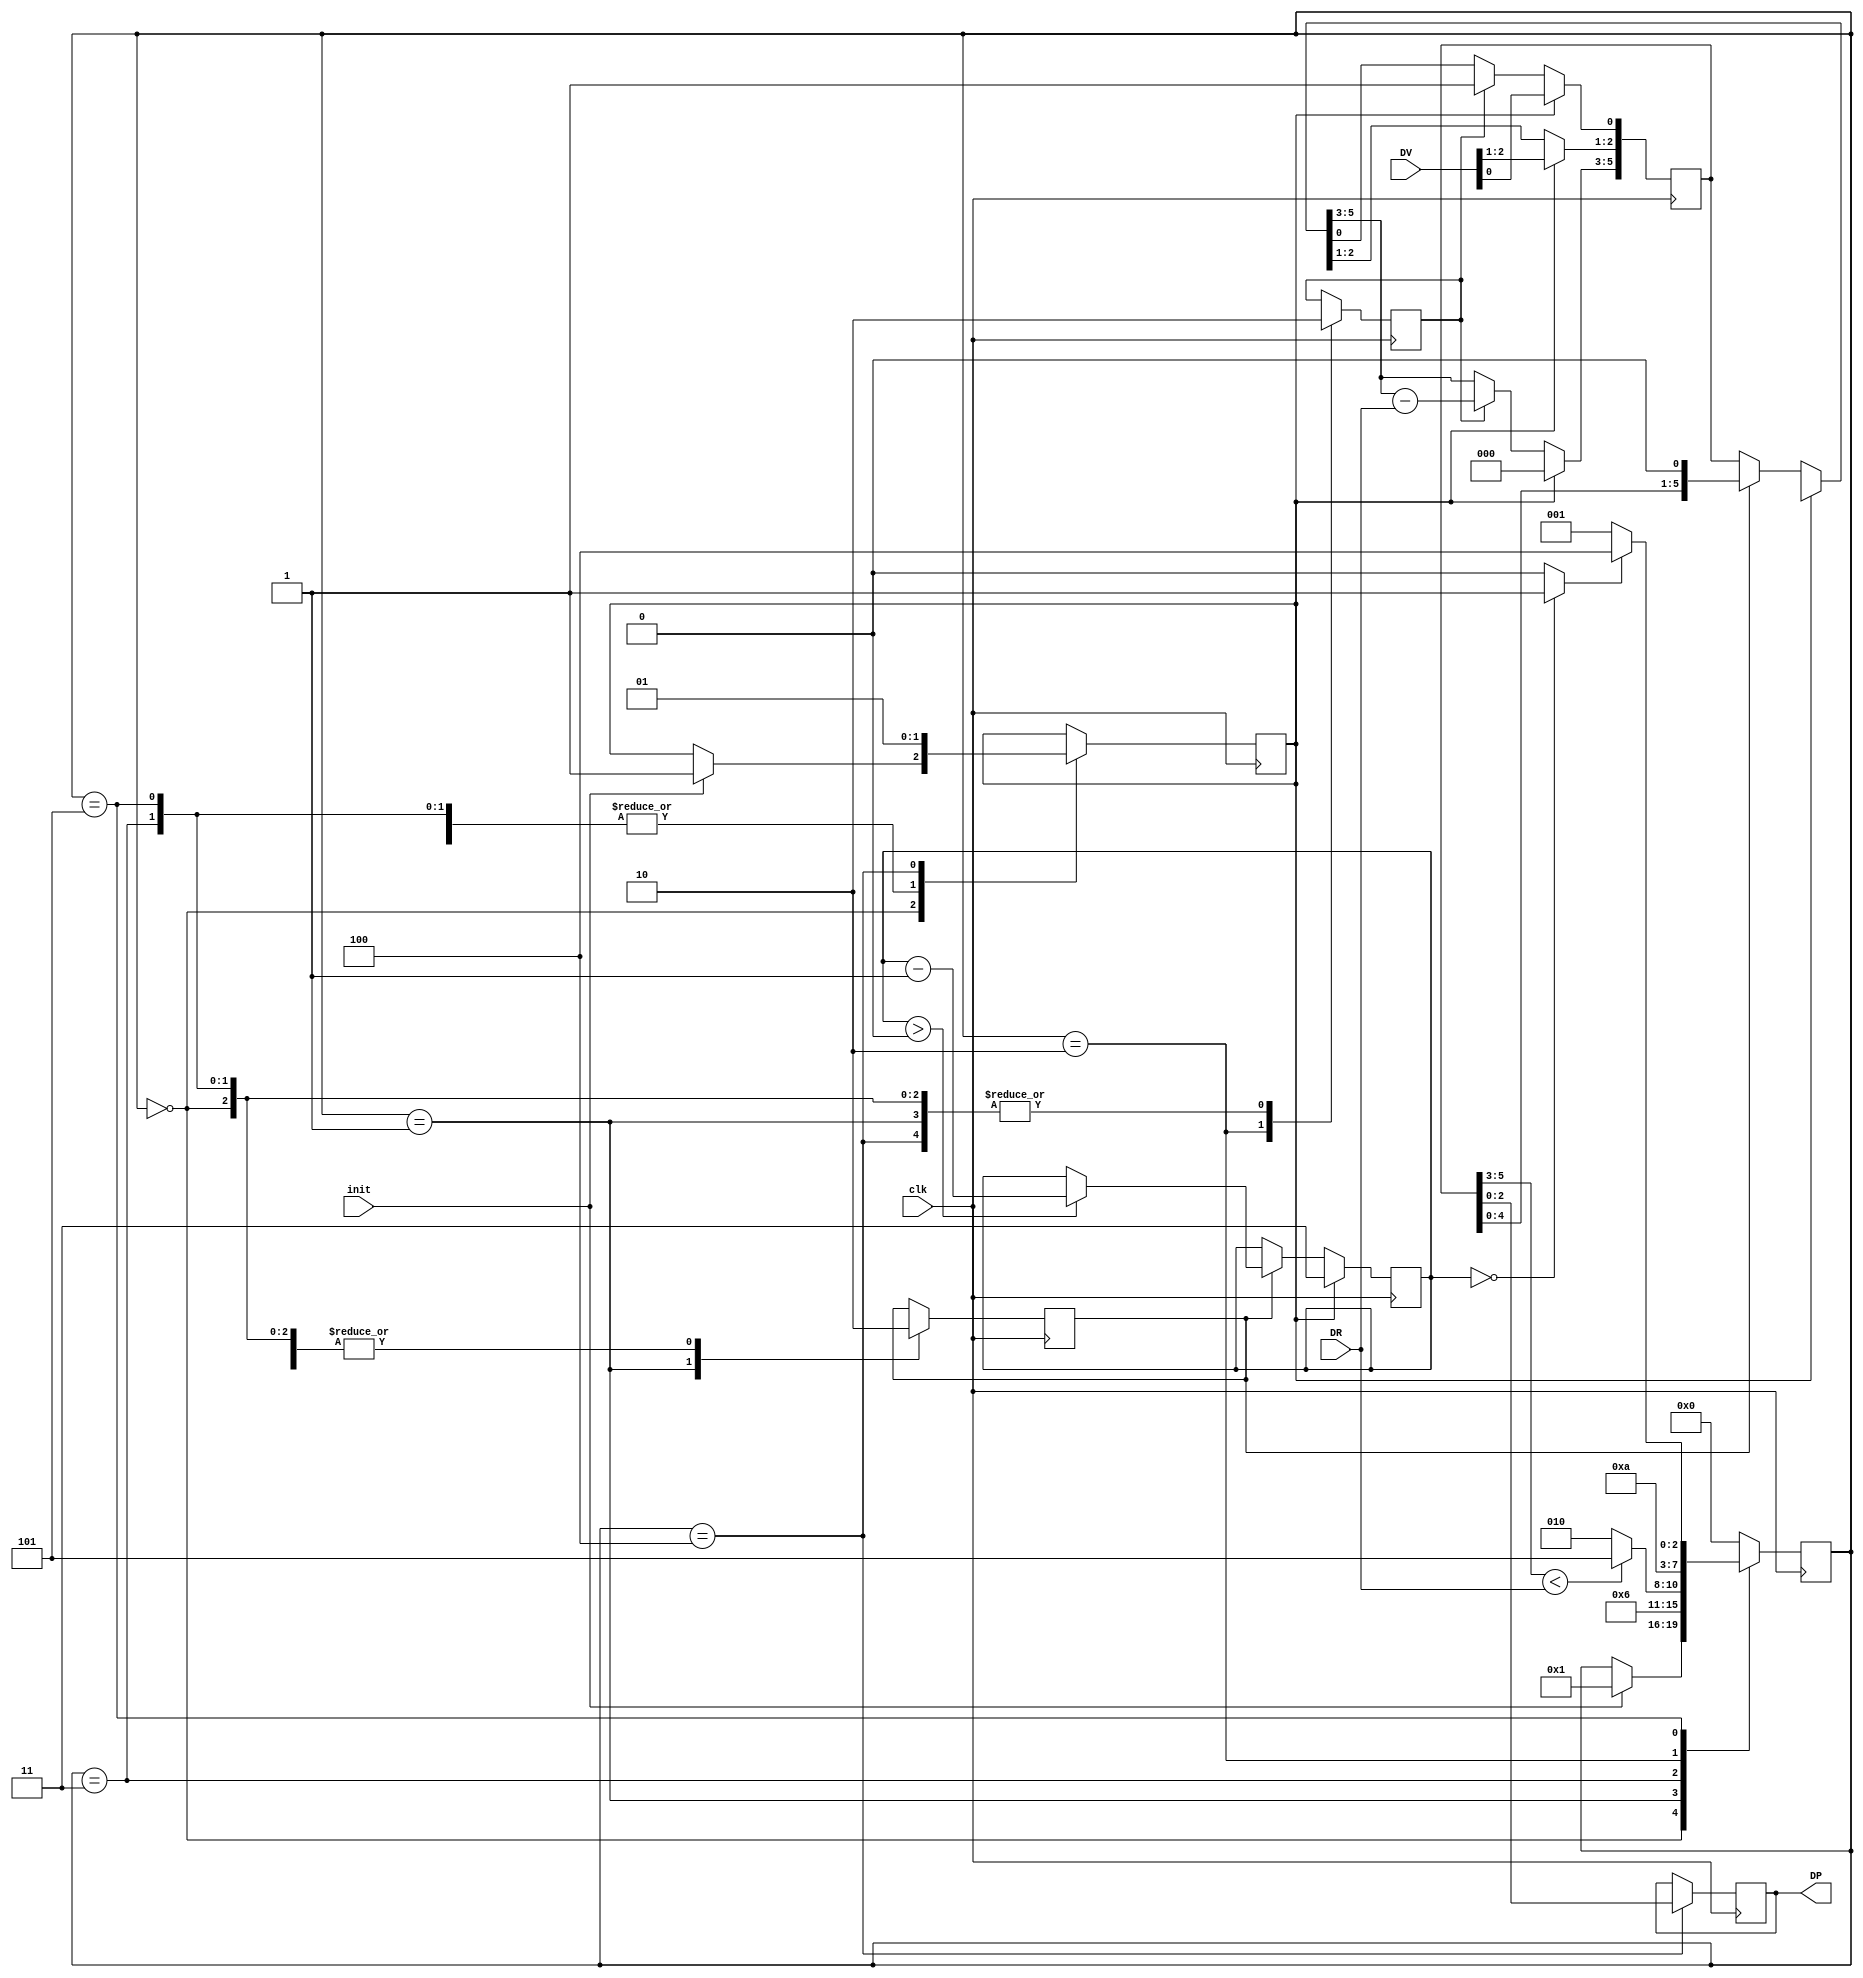
module divi( input [2:0] DV,
							input [2:0] DR,
						   	input init,
							 input clk,
							 output  reg [2:0] DP
    );


reg done;
reg sh;
reg rst;
reg resta;
reg [1:0] cont;
reg [5:0] C;
wire z;
reg [3:0] status =0;

assign z=(cont==0)?1:0;


  always @(negedge clk) begin

	if (rst) begin
      C ={3'b000,DV};
		cont= 3;
	end
	else	begin
		if (sh) begin
			C= C << 1;
          if(cont>0) begin
			cont = cont-1;
          end
		end
	if (resta) begin
	   C[0]=1;
       C[5:3] = C[5:3]-DR;
    end
	end
	end


// FSM
parameter START =0,  SHIFT =1, RESTA =2, CHECK=3, END1 =4, CHECK2= 5;

always @(posedge clk) begin
	case (status)
	START: begin
	   resta=0;
	   sh=0;
	if(init) begin
		status=SHIFT;
		done=0;
	    rst=1;
	end
	end

	SHIFT: begin
		resta=0;
	    sh=1;
	    done=0;
	    rst=0;
		status=CHECK;
		end

	CHECK: begin
	    done=0;
	    resta=0;
	    rst=0;
        sh=0;
        if( C[5:3]<DR )begin
            status=CHECK2;
        end else
            status=RESTA;
		end

	RESTA: begin
	    done=0;
	    resta=1;
	    rst=0;
	    sh=0;
	    status=CHECK2;
		end

	CHECK2: begin
	    done=0;
	    resta=0;
	    rst=0;
	    sh=0;
	    if(z)begin
	       status=END1;
	   end else
		status=SHIFT;
	end

	END1: begin
	    done=1;
	    resta=0;
	    rst=1;
	    sh=0;
        DP = C[2:0];
	    status =START;
		end

	 default:
		status =START;
	endcase

end


endmodule